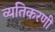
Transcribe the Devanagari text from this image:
व्यतिकरणी